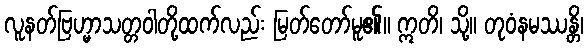
လူနတ်ဗြဟ္မာသတ္တဝါတို့ထက်လည်း မြတ်တော်မူ၏။ ဣတိ၊ သို့။ တုဝံနမဿန္တိ၊